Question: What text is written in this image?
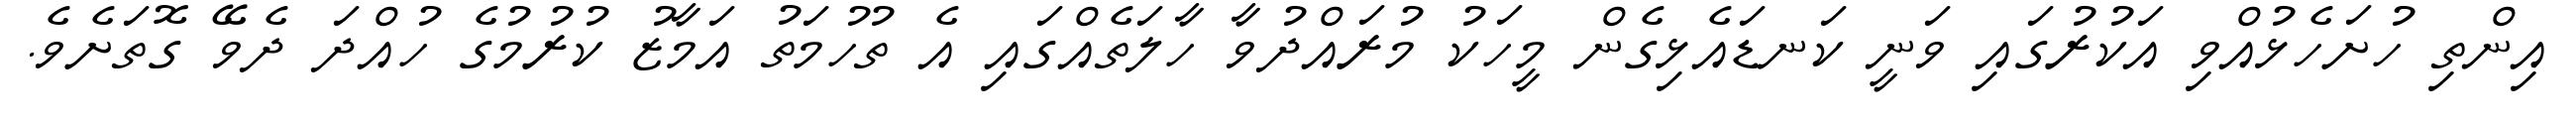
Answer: އިންތި ހުށަހެޅުއްވި އަކުރުގައި ވަނީ ކަނޑައެޅިގެން މީހަކު މުރައްދުވާ ހާލަތެއްގައި އެ ތުހުމަތު އަމާޒު ކުރުމުގެ ހުއްދަ ދެވޭ ގޮތަށެވެ.